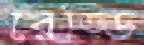
রেড্ডি